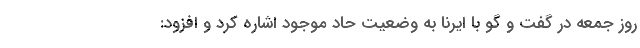
روز جمعه در گفت و گو با ایرنا به وضعیت حاد موجود اشاره کرد و افزود: